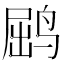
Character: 𫛵